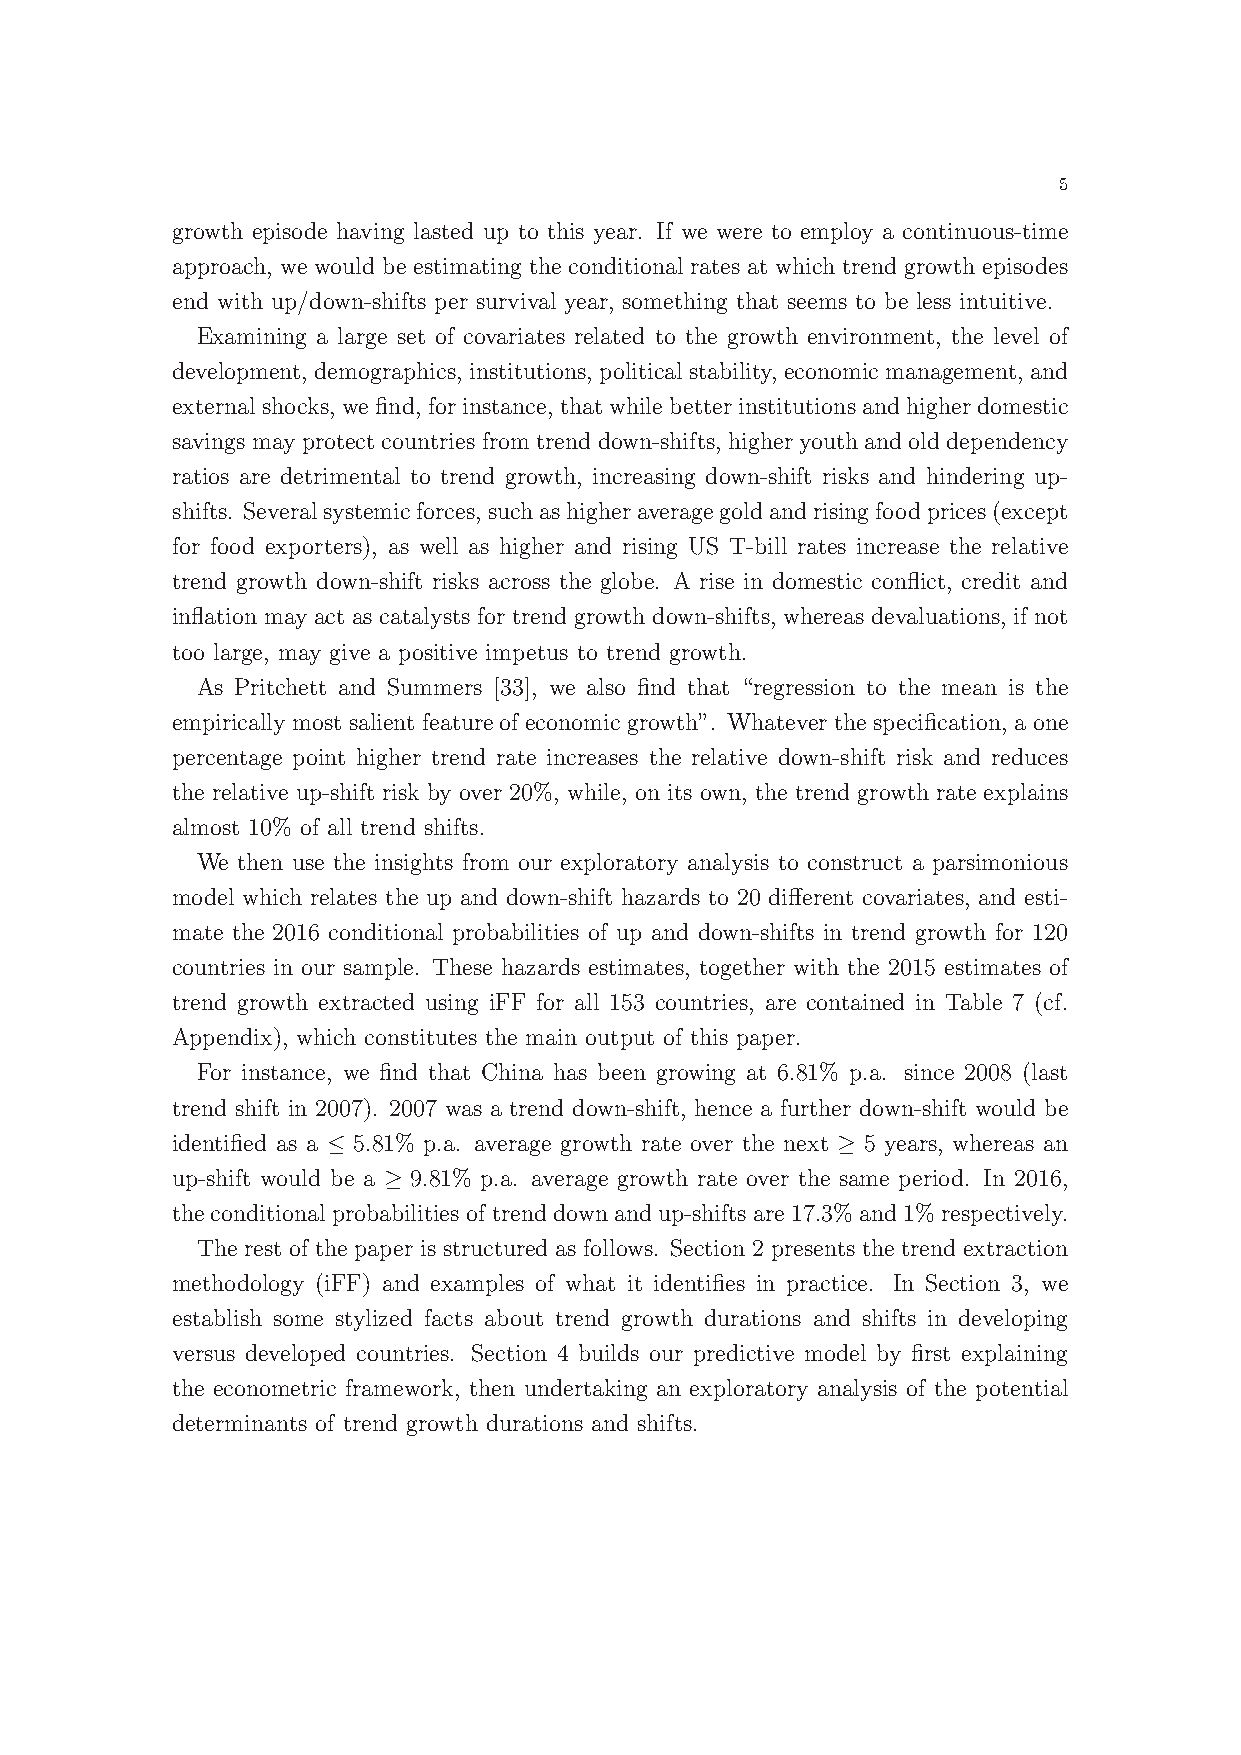
5
 growth episode having lasted up to this year. If we were to employ a continuous-time
 approach, we would be estimating the conditional rates at which trend growth episodes
 end with up/down-shifts per survival year, something that seems to be less intuitive.
 Examining a large set of covariates related to the growth environment, the level of
 development, demographics, institutions, politicalstability, economicmanagement, and
 externalshocks, wefind, forinstance, thatwhilebetterinstitutionsandhigherdomestic
 savingsmayprotectcountriesfromtrenddown-shifts, higheryouthandolddependency
 ratios are detrimental to trend growth, increasing down-shift risks and hindering up-
 shifts. Severalsystemicforces,suchashigheraveragegoldandrisingfoodprices(except
 for food exporters), as well as higher and rising US T-bill rates increase the relative
 trend growth down-shift risks across the globe. A rise in domestic conflict, credit and
 inflation may act as catalysts for trend growth down-shifts, whereas devaluations, if not
 too large, may give a positive impetus to trend growth.
 As Pritchett and Summers [33], we also find that “regression to the mean is the
 empirically most salient feature of economic growth”. Whatever the specification, a one
 percentage point higher trend rate increases the relative down-shift risk and reduces
 the relative up-shift risk by over 20%, while, on its own, the trend growth rate explains
 almost 10% of all trend shifts.
 We then use the insights from our exploratory analysis to construct a parsimonious
 model which relates the up and down-shift hazards to 20 different covariates, and esti-
 mate the 2016 conditional probabilities of up and down-shifts in trend growth for 120
 countries in our sample. These hazards estimates, together with the 2015 estimates of
 trend growth extracted using iFF for all 153 countries, are contained in Table 7 (cf.
 Appendix), which constitutes the main output of this paper.
 For instance, we find that China has been growing at 6.81% p.a. since 2008 (last
 trend shift in 2007). 2007 was a trend down-shift, hence a further down-shift would be
 identified as a ≤ 5.81% p.a. average growth rate over the next ≥ 5 years, whereas an
 up-shift would be a ≥ 9.81% p.a. average growth rate over the same period. In 2016,
 theconditionalprobabilitiesoftrenddownandup-shiftsare17.3%and1%respectively.
 The rest of the paper is structured as follows. Section 2 presents the trend extraction
 methodology (iFF) and examples of what it identifies in practice. In Section 3, we
 establish some stylized facts about trend growth durations and shifts in developing
 versus developed countries. Section 4 builds our predictive model by first explaining
 the econometric framework, then undertaking an exploratory analysis of the potential
 determinants of trend growth durations and shifts.